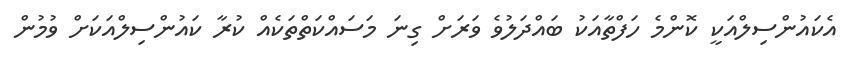
އެކައުންސިލްއަކީ ކޮންމެ ހަފްތާއަކު ބައްދަލުވެ ވަރަށް ގިނަ މަސައްކަތްތަކެއް ކުރާ ކައުންސިލްއަކަށް ވުމުން